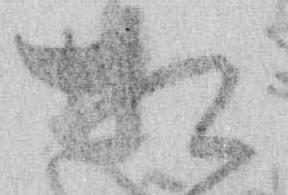
相